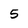
Character: 5